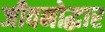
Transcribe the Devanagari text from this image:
जीवनोद्धार